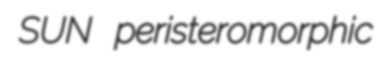
SUN peristeromorphic